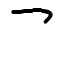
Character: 乛